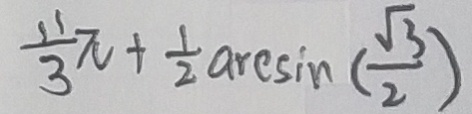
\frac { 1 1 } { 3 } \pi + \frac { 1 } { 2 } \arcsin ( \frac { \sqrt { 3 } } { 2 } )